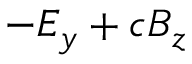
- E _ { y } + c B _ { z }